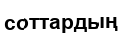
соттардың